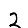
Digit: 2